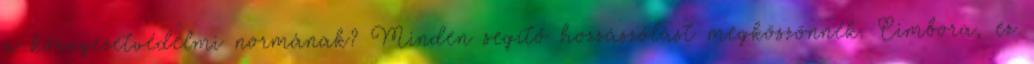
a környezetvédelmi normának? Minden segítő hozzászólást megköszönnék. Cimbora, ez